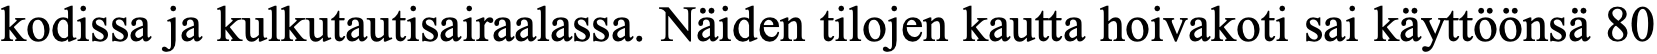
kodissa ja kulkutautisairaalassa. Näiden tilojen kautta hoivakoti sai käyttöönsä 80